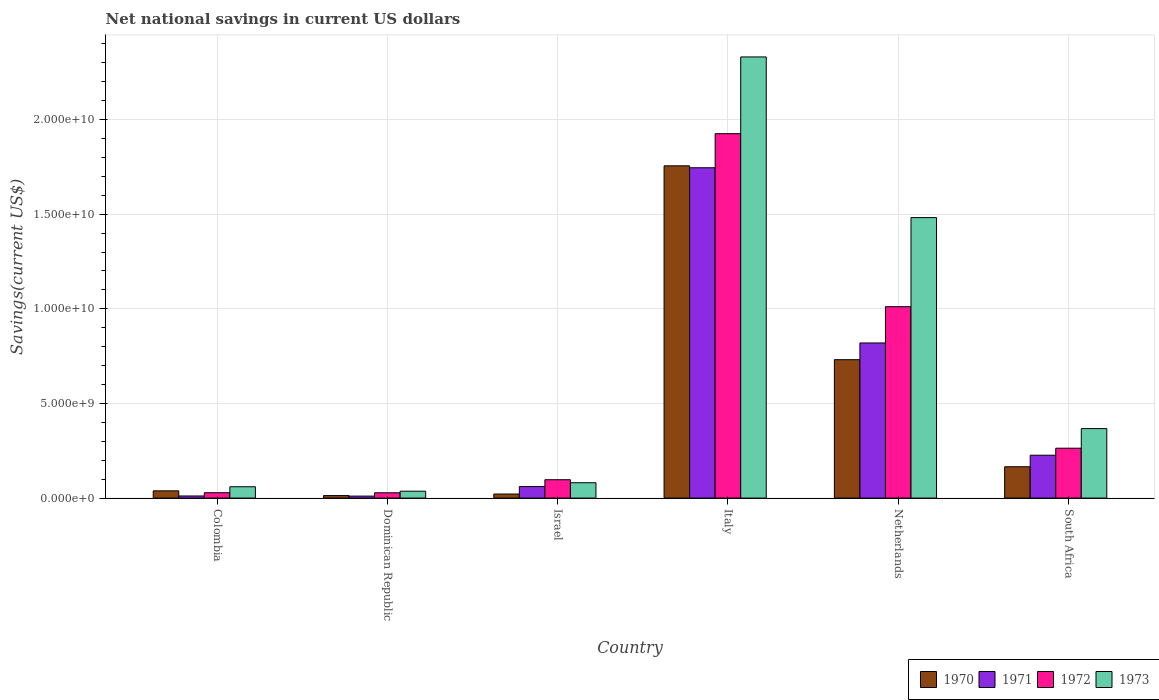
| Country | 1970 | 1971 | 1972 | 1973 |
 | --- | --- | --- | --- | --- |
 | Colombia | 3.83e+08 | 1.11e+08 | 2.84e+08 | 5.98e+08 |
 | Dominican Republic | 1.33e+08 | 1.05e+08 | 2.8e+08 | 3.65e+08 |
 | Israel | 2.15e+08 | 6.09e+08 | 9.71e+08 | 8.11e+08 |
 | Italy | 1.76e+10 | 1.75e+10 | 1.93e+10 | 2.33e+10 |
 | Netherlands | 7.31e+09 | 8.2e+09 | 1.01e+10 | 1.48e+10 |
 | South Africa | 1.66e+09 | 2.27e+09 | 2.64e+09 | 3.67e+09 |